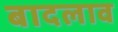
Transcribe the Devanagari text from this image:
बादलाव